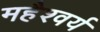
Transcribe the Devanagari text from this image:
महैश्वर्य